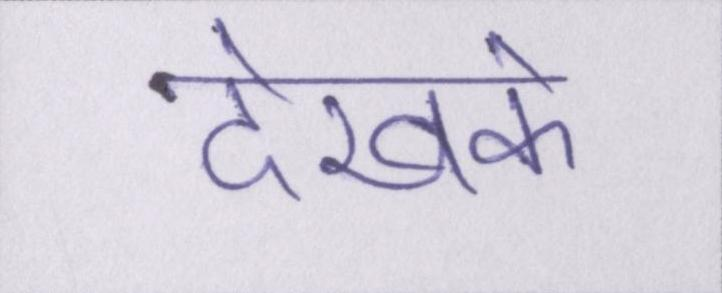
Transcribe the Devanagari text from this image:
देखके